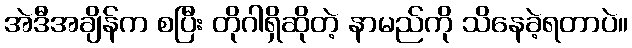
အဲဒီအချိန်က စပြီး တိုဂါရှိဆိုတဲ့ နာမည်ကို သိနေခဲ့ရတာပဲ။